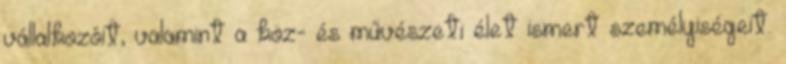
vállalkozóit, valamint a köz- és művészeti élet ismert személyiségeit.